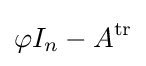
\varphi I_{n}-A^{\operatorname {tr} }